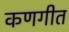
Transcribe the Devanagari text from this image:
कणगीत